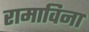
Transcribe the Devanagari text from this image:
रामाविना